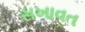
સખાવત